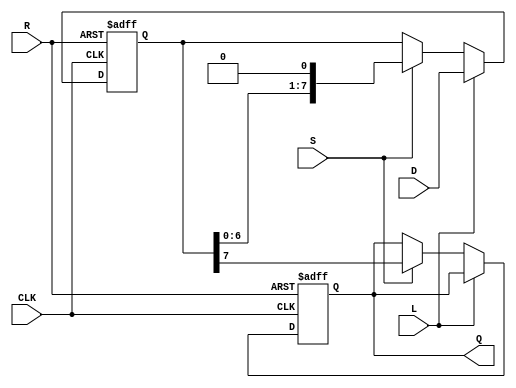
module PISO_Register #(
    parameter N = 8 // Number of bits in the parallel input
)(
    input wire [N-1:0] D,      // Parallel data input
    input wire L,              // Load signal
    input wire CLK,            // Clock signal
    input wire S,              // Shift signal
    input wire R,              // Reset signal
    output reg Q               // Serial output
);

    reg [N-1:0] shift_reg;     // Shift register to hold the data

    // Asynchronous reset
    always @(posedge CLK or posedge R) begin
        if (R) begin
            shift_reg <= 0;     // Clear the shift register
            Q <= 0;             // Clear the serial output
        end else begin
            if (L) begin
                shift_reg <= D; // Load parallel data into shift register
            end else if (S) begin
                Q <= shift_reg[N-1]; // Output the MSB (or LSB depending on direction)
                shift_reg <= {shift_reg[N-2:0], 1'b0}; // Shift left and fill with 0
            end
        end
    end

endmodule